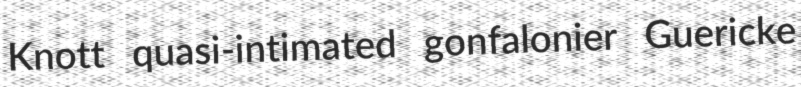
Knott quasi-intimated gonfalonier Guericke